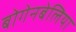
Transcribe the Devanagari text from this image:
बोगेनबेलिया